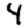
Digit: 4